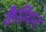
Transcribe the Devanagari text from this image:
कैर्रियन